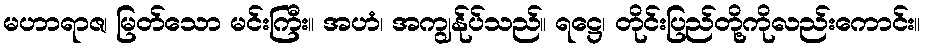
မဟာရာဇ၊ မြတ်သော မင်းကြီး။ အဟံ၊ အကျွန်ုပ်သည်။ ရဋ္ဌေ၊ တိုင်းပြည်တို့ကိုလည်းကောင်း။